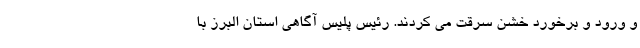
و ورود و برخورد خشن سرقت می کردند. رئیس پلیس آگاهی استان البرز با